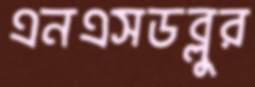
এনএসডব্লুর